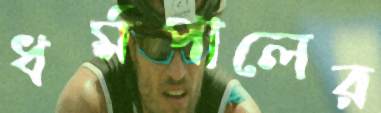
ধর্মপালের